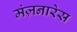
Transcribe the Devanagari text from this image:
मंज़नारेस